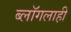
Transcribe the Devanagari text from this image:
ब्लॉगलाही